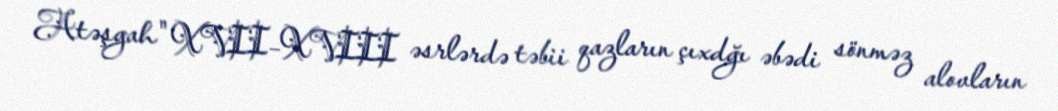
Atəşgah" XVII–XVIII əsrlərdə təbii qazların çıxdğı əbədi sönməz alovların